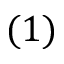
( 1 )